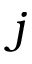
j